Civil Veterinary Department Bihar & Orissa reports 1929-36 - 1929-1936
Year: 1929
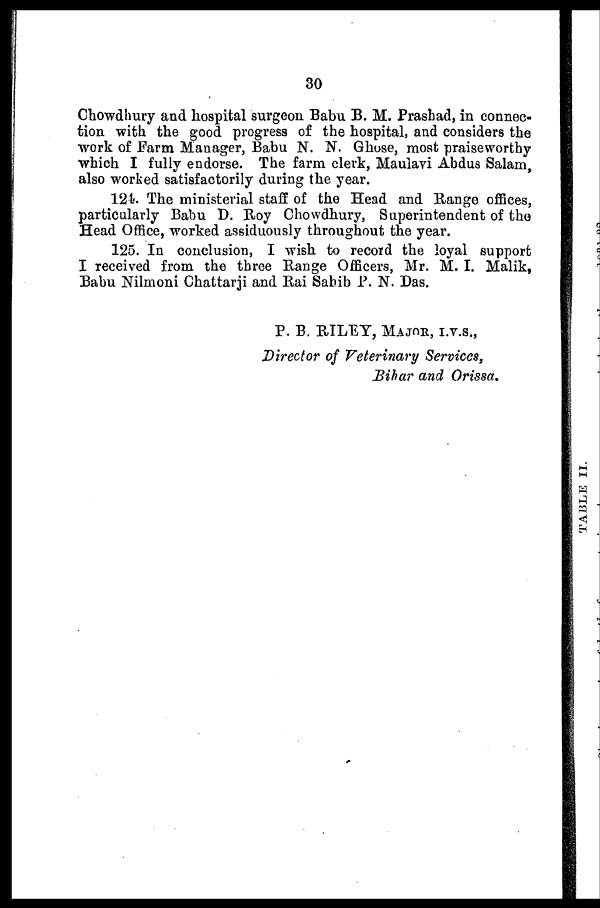
30
Chowdhury and hospital surgeon Babu B. M. Prashad, in connec-
tion with the good progress of the hospital, and considers the
work of Farm Manager, Babu N. N. Ghose, most praiseworthy
which I fully endorse. The farm clerk, Maulavi Abdus Salam,
also worked satisfactorily during the year.
124. The ministerial staff of the Head and Range offices,
particularly Babu D. Roy Chowdhury, Superintendent of the
Head Office, worked assiduously throughout the year.
125. In conclusion, I wish to record the loyal support
I received from the three Range Officers, Mr. M. I. Malik,
Babu Nilmoui Chattarji and Rai Sahib P. N. Das.
P. B. RILEY, MAJOR, I.V.S.,
Director of Veterinary Services,
Bihar and Orissa.